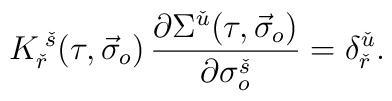
K_{\check{r}}^{\;\check{s}}(\tau,\vec{\sigma}_o)\,\frac{\partial\Sigma^{\check{u}}(\tau,\vec{\sigma}_o)}{\partial\sigma_o^{\check{s}}}= \delta^{\check{u}}_{\check{r}}.